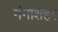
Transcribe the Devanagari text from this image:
गंगाशहर